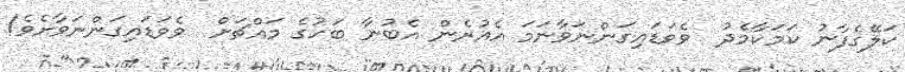
ކަލޭގެފާނު ކަމަކާމެދު  ވެވަޑައިގަންނަވާނަމަ އެއުރެން އެބުނާ ބަހުގެ މައްޗަށް  ވެވަޑައިގަންނަވާށެވެ!